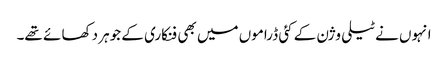
انہوں نے ٹیلی وژن کے کئی ڈراموں میں بھی فنکاری کے جوہر دکھا ئے تھے۔